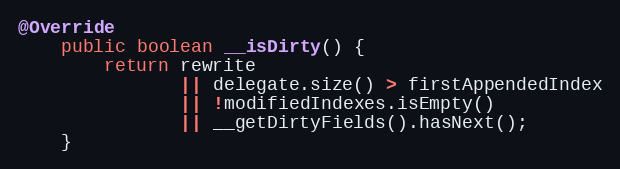
Language: Java
@Override
    public boolean __isDirty() {
        return rewrite
               || delegate.size() > firstAppendedIndex
               || !modifiedIndexes.isEmpty()
               || __getDirtyFields().hasNext();
    }